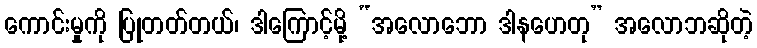
ကောင်းမှုကို ပြုတတ်တယ်၊ ဒါကြောင့်မို့ “အလောဘော ဒါနဟေတု” အလောဘဆိုတဲ့